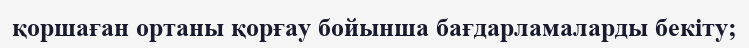
қоршаған ортаны қорғау бойынша бағдарламаларды бекіту;